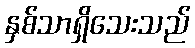
နှစ်သာရှိသေးသည်